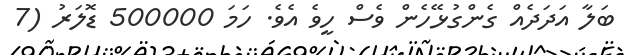
ބަލާ އަދަދެއް ގެންގުޅޭހެން ވެސް ހީވެ އެވެ. ހަމަ 500000 ޑޮލަރު (7